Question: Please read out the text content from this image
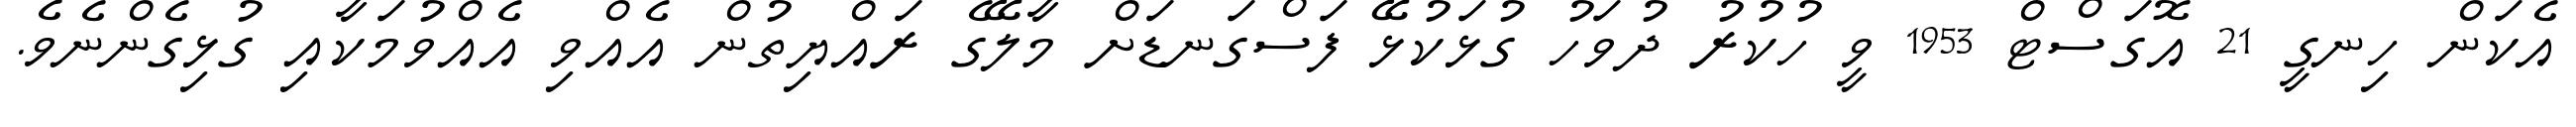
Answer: އެކަން ހިނގީ 21 އޮގަސްޓް 1953 ވީ ހުކުރު ދުވަހު ގުޅަކުޅޭ ފަސްގަނޑަށް މާލޭގެ ރައްޔިތުން އެއްވި އެއްވުމަކާއި ގުޅިގެންނެވެ.